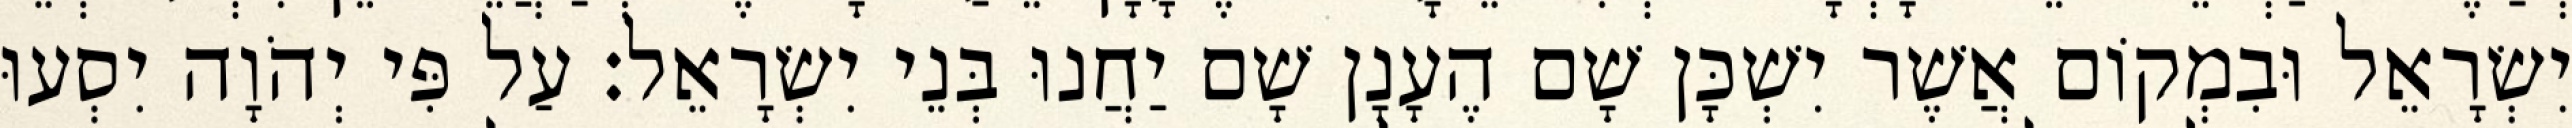
יִשְׂרָאֵל וּבִמְקוֹם אֲשֶׁר יִשְׁכָּן שָׁם הֶעָנָן שָׁם יַחֲנוּ בְּנֵי יִשְׂרָאֵל׃ עַל פִּי יְהֹוָה יִסְעוּ